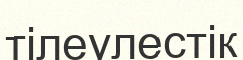
тілеулестік